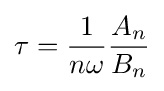
\tau ={\frac {1}{n\omega }}{\frac {{A}_{n}}{{B}_{n}}}